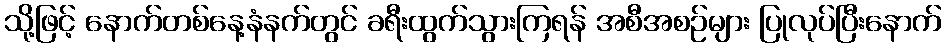
သို့ဖြင့် နောက်တစ်နေ့နံနက်တွင် ခရီးထွက်သွားကြရန် အစီအစဉ်များ ပြုလုပ်ပြီးနောက်